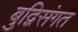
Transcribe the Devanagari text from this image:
बुद्विसंगत